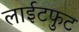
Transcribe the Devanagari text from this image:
लाईटफुट